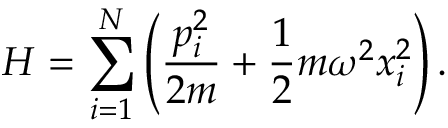
H = \sum _ { i = 1 } ^ { N } \left( { \frac { p _ { i } ^ { 2 } } { 2 m } } + { \frac { 1 } { 2 } } m \omega ^ { 2 } x _ { i } ^ { 2 } \right) .